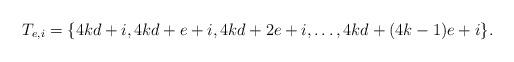
LaTeX: \begin{align*}T_{e,i} = \{4kd+i, 4kd+e+i, 4kd+2e+i, \ldots, 4kd+(4k-1)e+i\}.\end{align*}